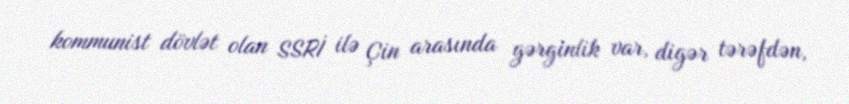
kommunist dövlət olan SSRİ ilə Çin arasında gərginlik var, digər tərəfdən,